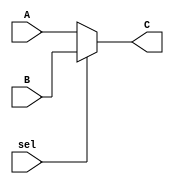
module Mux2to1 (
  input [31:0] A,B,
  input sel,
  output [31:0] C
);
assign C = sel ? B : A ;
endmodule